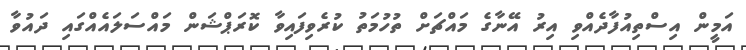
އަމީން އިސްތިއުފާދެއްވި އިރު އޭނާގެ މައްޗަށް ތުހުމަތު ކުރެވިފައިވާ ކޮރަޕްޝަން މައްސަލައެއްގައި ދައުވާ